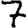
Digit: 7